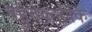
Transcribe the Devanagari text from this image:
बहुतकनीकि